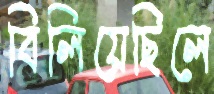
বিলিয়েছিলে